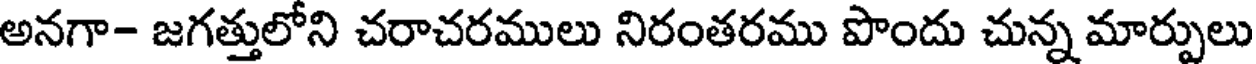
అనగా- జగత్తులోని చరాచరములు నిరంతరము పొందు చున్న మార్పులు